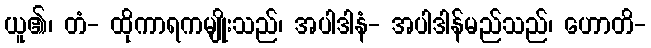
ယူ၏၊ တံ- ထိုကာရကမျိုးသည်၊ အပါဒါနံ- အပါဒါန်မည်သည်၊ ဟောတိ-